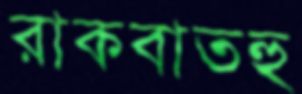
রাকবাতহু